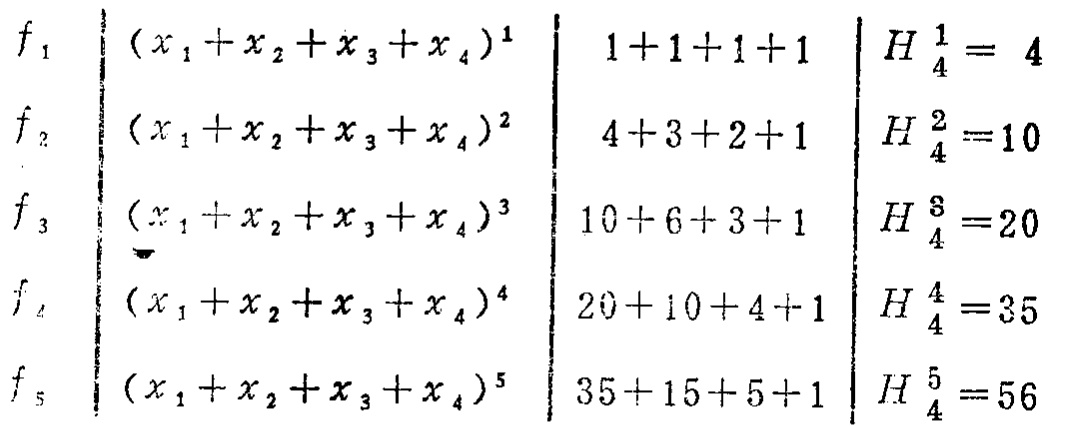
\[

\begin{array}{l|l|l|l}

f_1 & (x_1 + x_2 + x_3 + x_4)^1 & 1 + 1 + 1 + 1 & H_4^1 = 4 \\

f_2 & (x_1 + x_2 + x_3 + x_4)^2 & 4 + 3 + 2 + 1 & H_4^2 = 10 \\

f_3 & (x_1 + x_2 + x_3 + x_4)^3 & 10 + 6 + 3 + 1 & H_4^3 = 20 \\

f_4 & (x_1 + x_2 + x_3 + x_4)^4 & 20 + 10 + 4 + 1 & H_4^4 = 35 \\

f_5 & (x_1 + x_2 + x_3 + x_4)^5 & 35 + 15 + 5 + 1 & H_4^5 = 56

\end{array}

\]